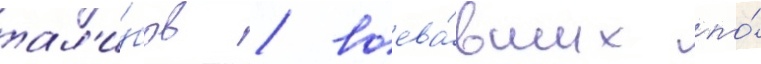
тал'и́бов / воева́вших по́